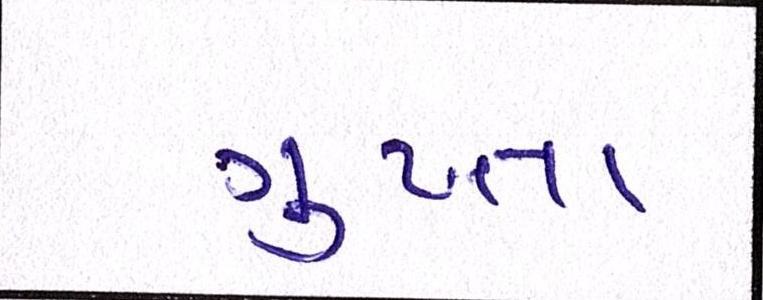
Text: ગુપ્તા